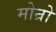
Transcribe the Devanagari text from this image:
मोन्रो